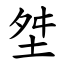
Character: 㘶